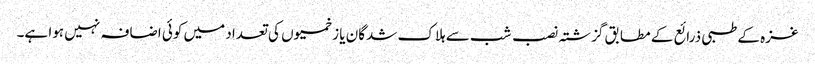
غزہ کے طبی ذرائع کے مطابق گزشتہ نصب شب سے ہلاک شدگان یا زخمیوں کی تعداد میں کوئی اضافہ نہیں ہوا ہے۔